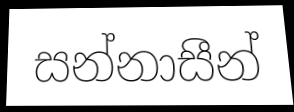
සන්නාසීන්